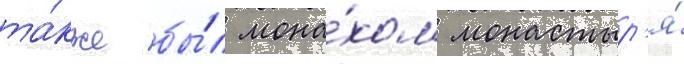
та́кже бы́л мона́хом монастыр'я́